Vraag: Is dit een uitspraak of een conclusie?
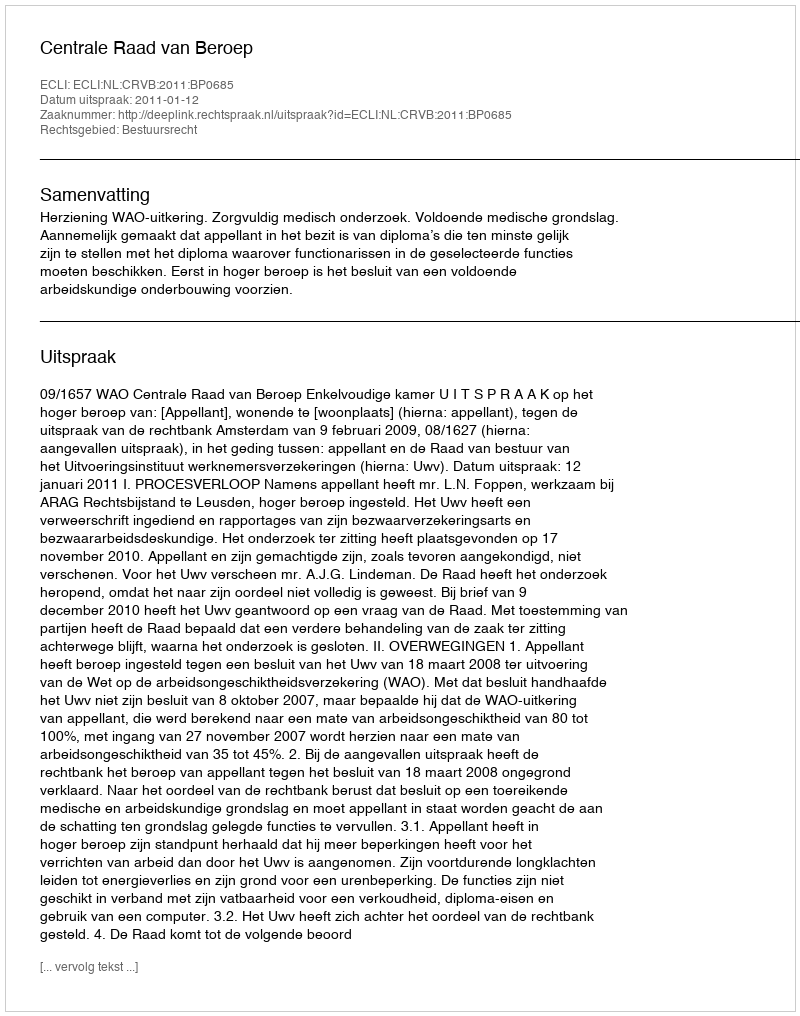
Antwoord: Uitspraak